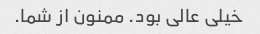
خیلی عالی بود. ممنون از شما.